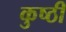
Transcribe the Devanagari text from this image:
कुष्ठी